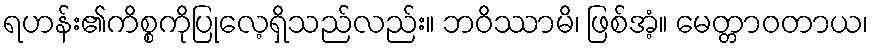
ရဟန်း၏ကိစ္စကိုပြုလေ့ရှိသည်လည်း။ ဘဝိဿာမိ၊ ဖြစ်အံ့။ မေတ္တာဝတာယ၊